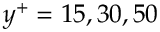
y ^ { + } = 1 5 , 3 0 , 5 0